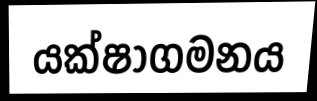
යක්ෂාගමනය